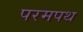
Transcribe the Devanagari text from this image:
परमपथ